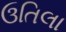
ઉતિલા